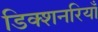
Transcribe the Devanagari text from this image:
डिक्शनरियाँ